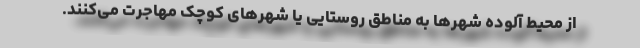
از محیط آلوده شهرها به مناطق روستایی یا شهرهای کوچک مهاجرت می‌کنند.